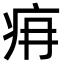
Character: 𤴿